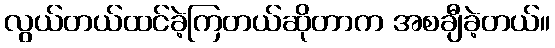
လွယ်တယ်ထင်ခဲ့ကြတယ်ဆိုတာက အစချီခဲ့တယ်။